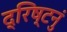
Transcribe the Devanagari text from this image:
द्रिष्टनुं